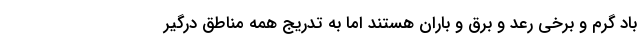
باد گرم و برخی رعد و برق و باران هستند اما به تدریج همه مناطق درگیر